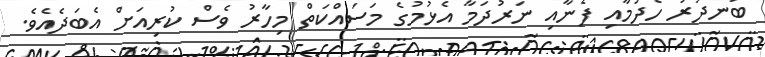
ބަނދަރު ހެދުމާއި ފެނާއި ނަރުދަމާ އެޅުމުގެ މަސައްކަތް މިހާރު ވެސް ކުރިއަށް އެބަދެއެވެ.